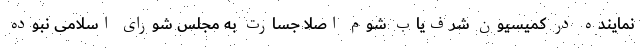
نماینده در کمیسیون شرف‌یاب شوم اصلا جسارت به مجلس شورای اسلامی نبوده